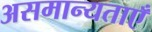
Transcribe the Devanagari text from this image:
असमान्यताएँ